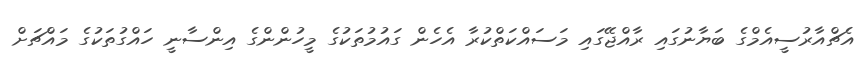
އެޗްއާރުސީއެމްގެ ބަޔާނުގައި ރާއްޖޭގައި މަސައްކަތްކުރާ އެހެން ގައުމުތަކުގެ މީހުންންގެ އިންސާނީ ހައްގުތަކުގެ މައްޗަށް